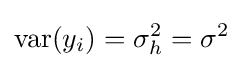
{\text{var}}(y_{i})=\sigma _{h}^{2}=\sigma ^{2}